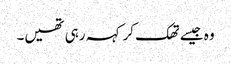
وہ جیسے تھک کر کہہ رہی تھیں۔